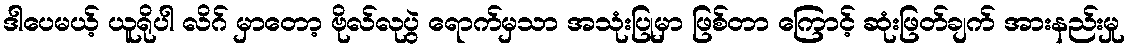
ဒါပေမယ့် ယူရိုပါ လိဂ် မှာတော့ ဗိုလ်လုပွဲ ရောက်မှသာ အသုံးပြုမှာ ဖြစ်တာ ကြောင့် ဆုံးဖြတ်ချက် အားနည်းမှု